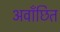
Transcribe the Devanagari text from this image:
अवाँछित